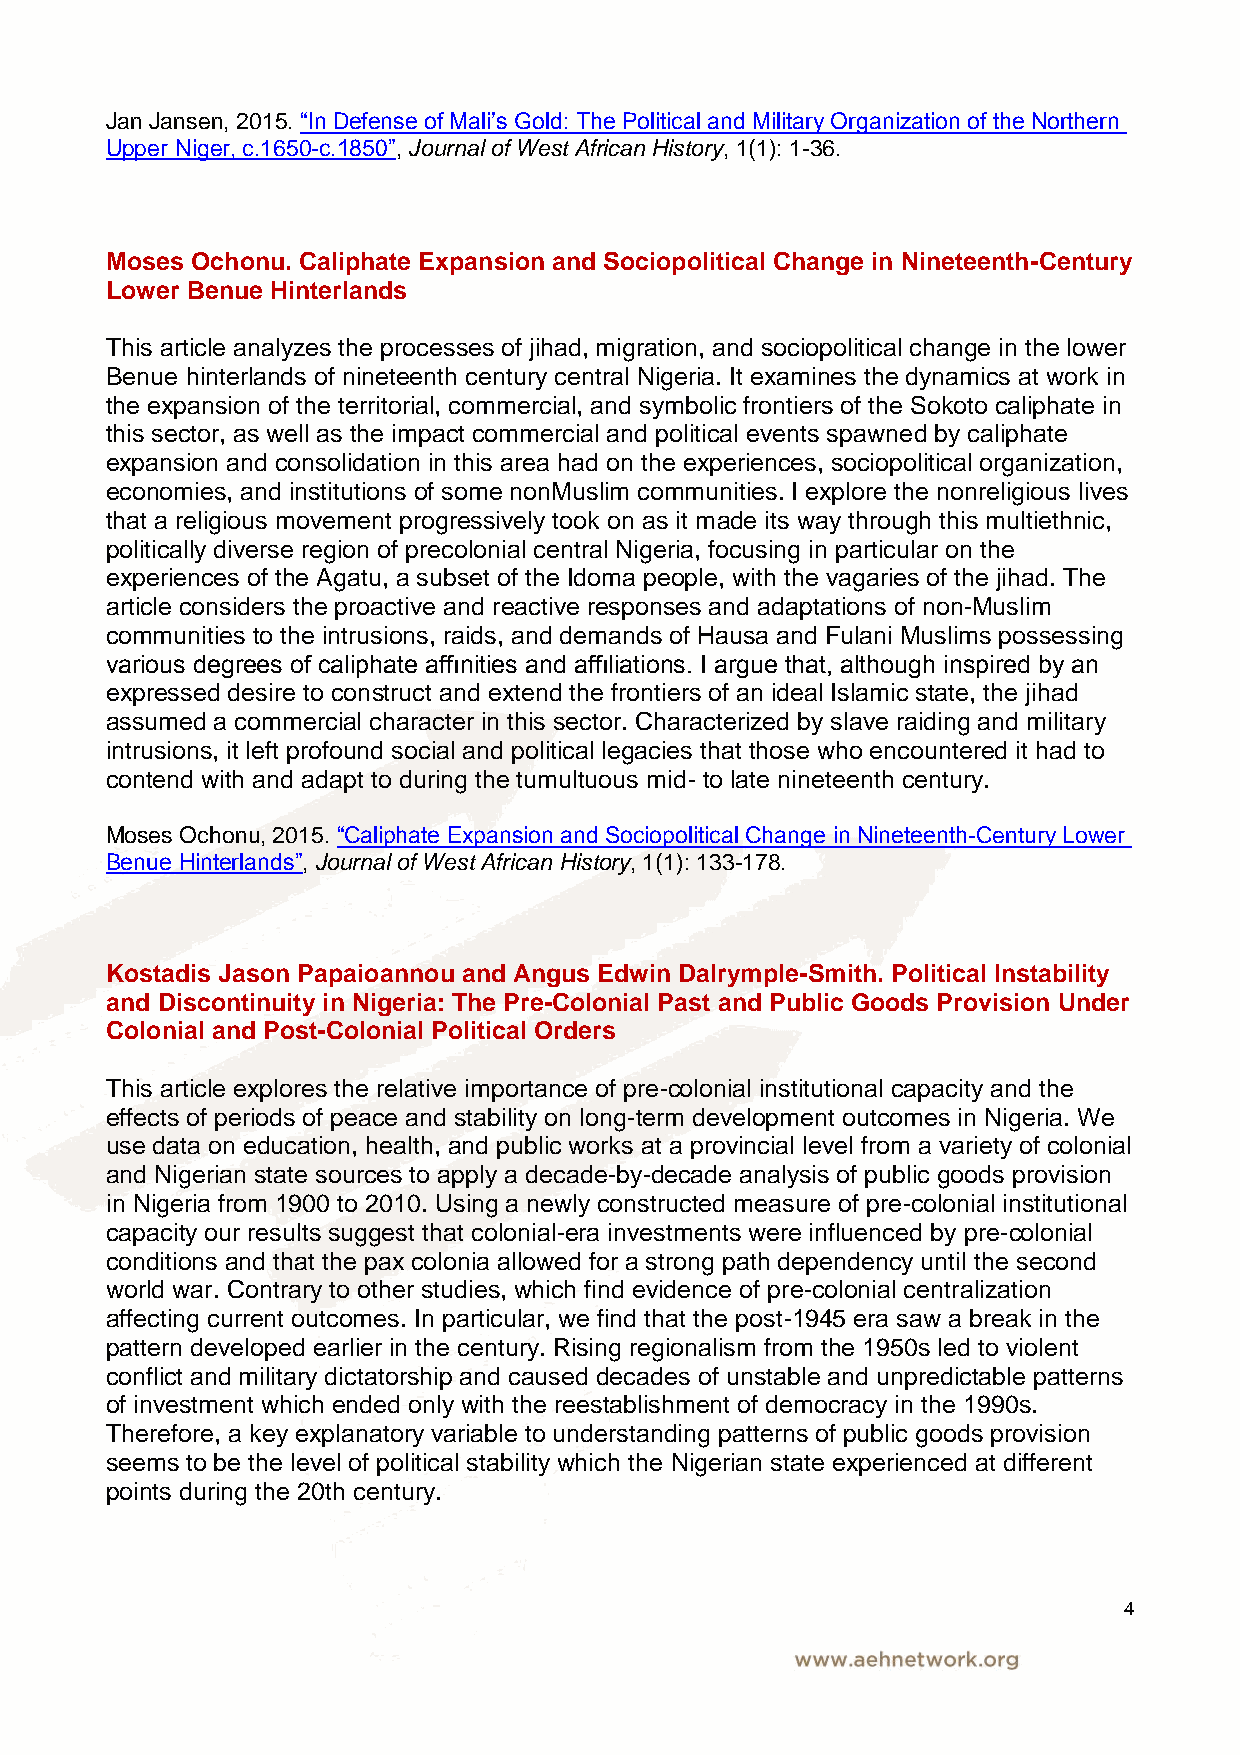
Jan Jansen, 2015. “In Defense of Mali’s Gold: The Political and Military Organization of the Northern
 Upper Niger, c.1650-c.1850”, Journal of West African History, 1(1): 1-36.
 Moses Ochonu. Caliphate Expansion and Sociopolitical Change in Nineteenth-Century
 Lower Benue Hinterlands
 This article analyzes the processes of jihad, migration, and sociopolitical change in the lower
 Benue hinterlands of nineteenth century central Nigeria. It examines the dynamics at work in
 the expansion of the territorial, commercial, and symbolic frontiers of the Sokoto caliphate in
 this sector, as well as the impact commercial and political events spawned by caliphate
 expansion and consolidation in this area had on the experiences, sociopolitical organization,
 economies, and institutions of some nonMuslim communities. I explore the nonreligious lives
 that a religious movement progressively took on as it made its way through this multiethnic,
 politically diverse region of precolonial central Nigeria, focusing in particular on the
 experiences of the Agatu, a subset of the Idoma people, with the vagaries of the jihad. The
 article considers the proactive and reactive responses and adaptations of non-Muslim
 communities to the intrusions, raids, and demands of Hausa and Fulani Muslims possessing
 various degrees of caliphate affınities and affıliations. I argue that, although inspired by an
 expressed desire to construct and extend the frontiers of an ideal Islamic state, the jihad
 assumed a commercial character in this sector. Characterized by slave raiding and military
 intrusions, it left profound social and political legacies that those who encountered it had to
 contend with and adapt to during the tumultuous mid- to late nineteenth century.
 Moses Ochonu, 2015. “Caliphate Expansion and Sociopolitical Change in Nineteenth-Century Lower
 Benue Hinterlands”, Journal of West African History, 1(1): 133-178.
 Kostadis Jason Papaioannou and Angus Edwin Dalrymple-Smith. Political Instability
 and Discontinuity in Nigeria: The Pre-Colonial Past and Public Goods Provision Under
 Colonial and Post-Colonial Political Orders
 This article explores the relative importance of pre-colonial institutional capacity and the
 effects of periods of peace and stability on long-term development outcomes in Nigeria. We
 use data on education, health, and public works at a provincial level from a variety of colonial
 and Nigerian state sources to apply a decade-by-decade analysis of public goods provision
 in Nigeria from 1900 to 2010. Using a newly constructed measure of pre-colonial institutional
 capacity our results suggest that colonial-era investments were influenced by pre-colonial
 conditions and that the pax colonia allowed for a strong path dependency until the second
 world war. Contrary to other studies, which find evidence of pre-colonial centralization
 affecting current outcomes. In particular, we find that the post-1945 era saw a break in the
 pattern developed earlier in the century. Rising regionalism from the 1950s led to violent
 conflict and military dictatorship and caused decades of unstable and unpredictable patterns
 of investment which ended only with the reestablishment of democracy in the 1990s.
 Therefore, a key explanatory variable to understanding patterns of public goods provision
 seems to be the level of political stability which the Nigerian state experienced at different
 points during the 20th century.
 4